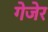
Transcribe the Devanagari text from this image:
गेजेर